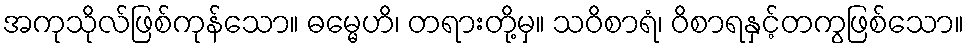
အကုသိုလ်ဖြစ်ကုန်သော။ ဓမ္မေဟိ၊ တရားတို့မှ။ သဝိစာရံ၊ ဝိစာရနှင့်တကွဖြစ်သော။